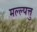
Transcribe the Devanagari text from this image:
मल्ल्पत्तु